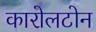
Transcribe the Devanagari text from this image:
कारोलटोन